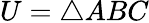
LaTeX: U=\triangle ABC